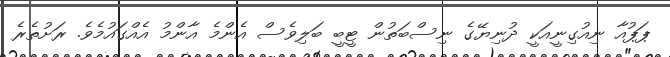
ޕަޕުއާ ނިއުގިނީއަކީ ދުނިޔޭގެ ނިސްބަތުން ޓީބީ ބަލިވެސް އެންމެ އާންމު އެއްގައުމެވެ. ރަށުތެރެ